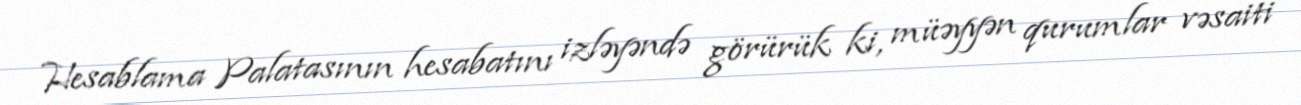
Hesablama Palatasının hesabatını izləyəndə görürük ki, müəyyən qurumlar vəsaiti